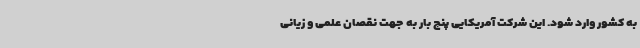
به کشور وارد شود. این شرکت آمریکایی پنج بار به جهت نقصان علمی و زیانی